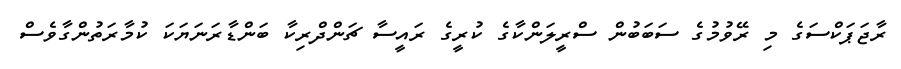
ރާޖަޕަކްސަގެ މި ރޭވުމުގެ ސަބަބުން ސްރީލަންކާގެ ކުރީގެ ރައީސާ ޗަންދްރިކާ ބަންޑާރަނަޔަކަ ކުމާރަތުންގާވެސް